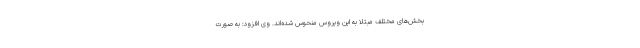
بخش‌های مختلف مبتلا به این ویروس منحوس شده‌اند. وی افزود: به صورت